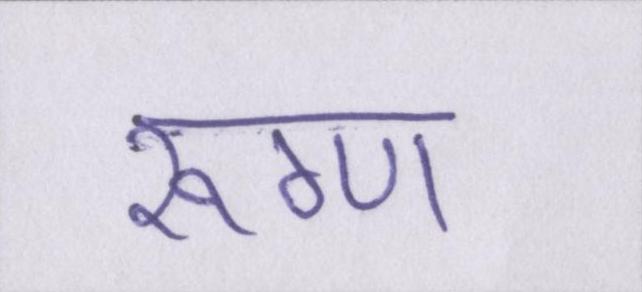
रूग्ण